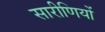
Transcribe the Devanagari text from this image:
सारीणियों